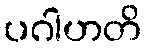
ပဂါဟတိ